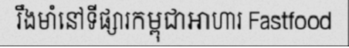
រឹងមាំនៅទីផ្សារកម្ពុជាអាហារ Fastfood